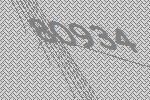
80934